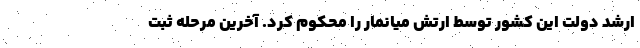
ارشد دولت این کشور توسط ارتش میانمار را محکوم کرد. آخرين مرحله ثبت